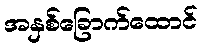
အနှစ်ခြောက်ထောင်